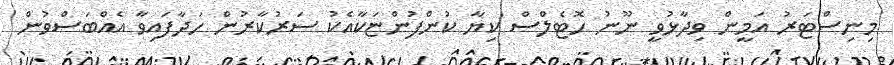
މިނިސްޓަރު އަމީން ވިދާޅުވީ ނޫނު ހޮޓެލްސް ކިޔާ ކުންފުންޏަކާއެކު ސަރުކާރުން ހަދާފައިވާ އެއްބަސްވުން